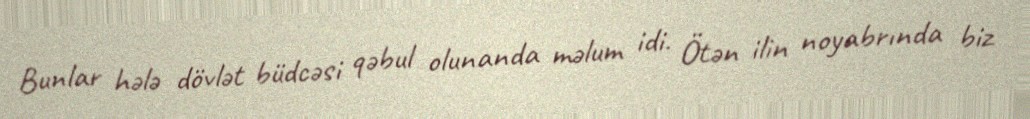
Bunlar hələ dövlət büdcəsi qəbul olunanda məlum idi. Ötən ilin noyabrında biz